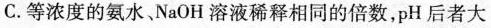
C.等浓度的氨水、NaOH溶液稀释相同的倍数，pH后者大